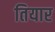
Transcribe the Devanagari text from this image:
तियार